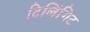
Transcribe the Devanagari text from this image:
टिलिंगिट